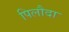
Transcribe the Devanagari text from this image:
पिलौदा